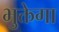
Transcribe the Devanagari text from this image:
भुक्तेगा